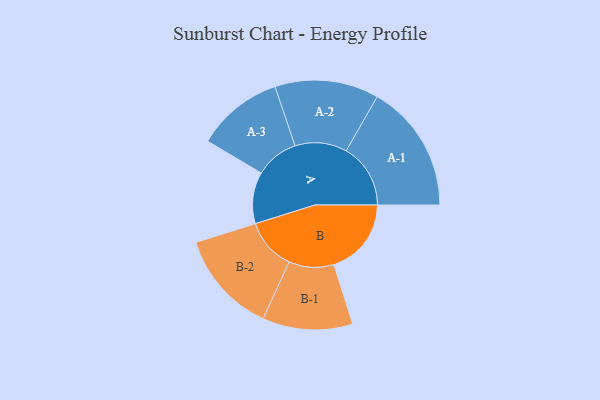
{"axis": {"x": "Segment", "y": "Value"}, "legend": ["", "A", "B"], "data": [{"x": "A", "y": 224, "type": ""}, {"x": "B", "y": 337, "type": ""}, {"x": "A-1", "y": 280, "type": "A"}, {"x": "A-2", "y": 226, "type": "A"}, {"x": "A-3", "y": 189, "type": "A"}, {"x": "B-1", "y": 196, "type": "B"}, {"x": "B-2", "y": 224, "type": "B"}]}